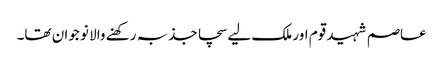
عاصم شہید قوم اور ملک لیے سچا جذبہ رکھنے والا نو جوان تھا۔